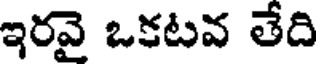
ఇరవై ఒకటవ తేది